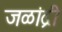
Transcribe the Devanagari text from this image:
जळांद्री